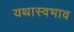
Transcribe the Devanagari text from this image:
यथास्वभाव